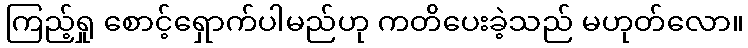
ကြည့်ရှု စောင့်ရှောက်ပါမည်ဟု ကတိပေးခဲ့သည် မဟုတ်လော။